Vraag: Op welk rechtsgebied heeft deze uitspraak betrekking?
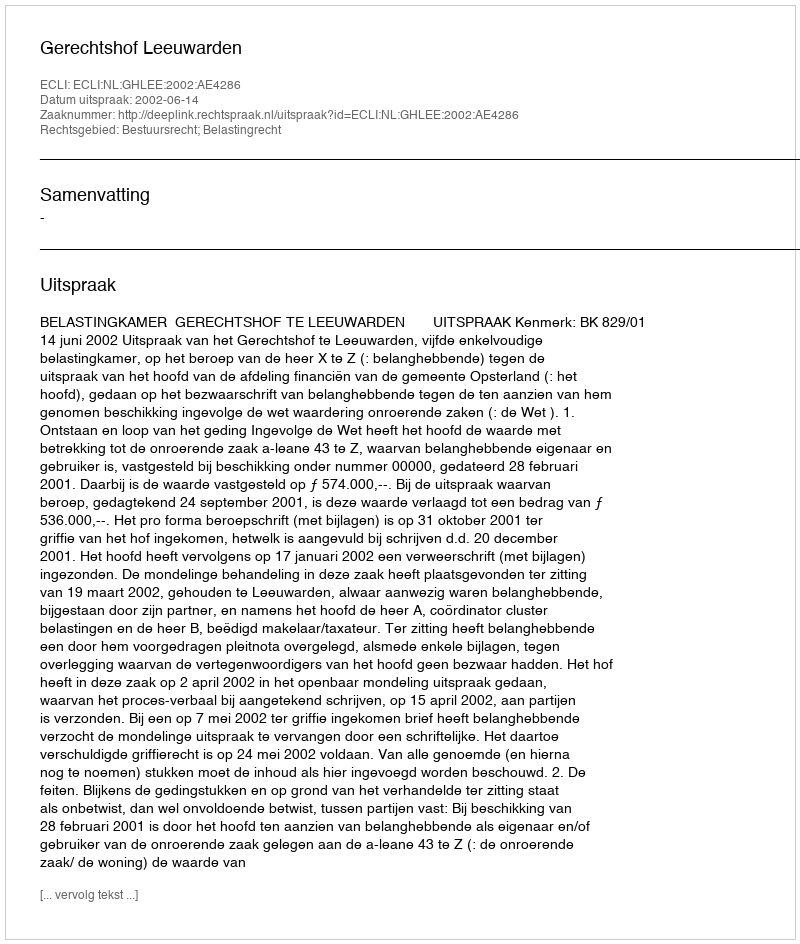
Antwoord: Bestuursrecht; Belastingrecht